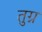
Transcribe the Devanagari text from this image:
तुग्न